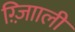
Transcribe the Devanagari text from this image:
ग़्ज़ाािली